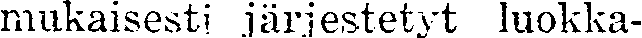
mukaisesti järjestetyt luokka-